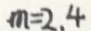
m = 2 . 4